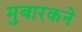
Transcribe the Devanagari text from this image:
मुबारकने